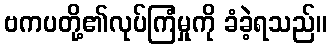
ဗကပတို့၏လုပ်ကြံမှုကို ခံခဲ့ရသည်။